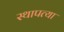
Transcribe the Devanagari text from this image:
स्थापत्या